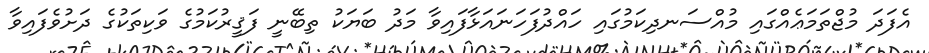
އެފަދަ މުޖްތަމަޢެއްގައި މުއްސަނދިކަމުގައި ހައްދުފަހަނައަޅާފައިވާ މަދު ބަޔަކު ތިބޭނީ ފަޤީރުކަމުގެ ވަކިތަކުގެ ދަށުވެފައިވާ